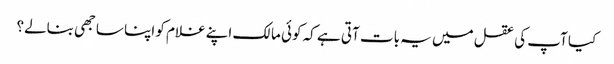
کیا آپ کی عقل میں یہ بات آتی ہے کہ کوئی مالک اپنے غلام کو اپنا ساجھی بنالے؟